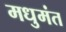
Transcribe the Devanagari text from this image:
मधुमंत